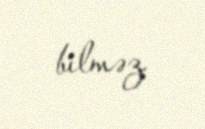
bilməz.